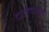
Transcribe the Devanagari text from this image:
दर्शनसूत्रों